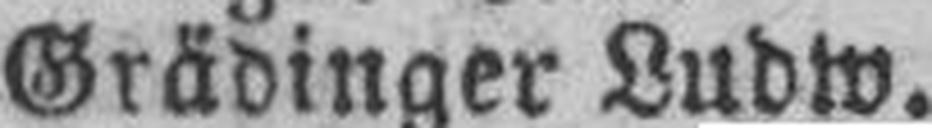
Grädinger Ludw.